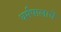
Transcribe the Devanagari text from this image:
धर्मपालाचे